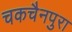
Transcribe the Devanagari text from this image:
चकचैनपुरा